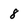
Character: 8